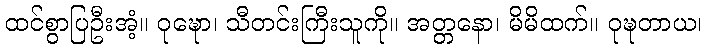
ထင်စွာပြဦးအံ့။ ဝုဍ္ဎော၊ သီတင်းကြီးသူကို။ အတ္တနော၊ မိမိထက်။ ဝုဍ္ဎတာယ၊